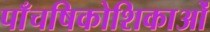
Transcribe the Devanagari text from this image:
पाँचषिकोशिकाओं